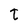
Character: t